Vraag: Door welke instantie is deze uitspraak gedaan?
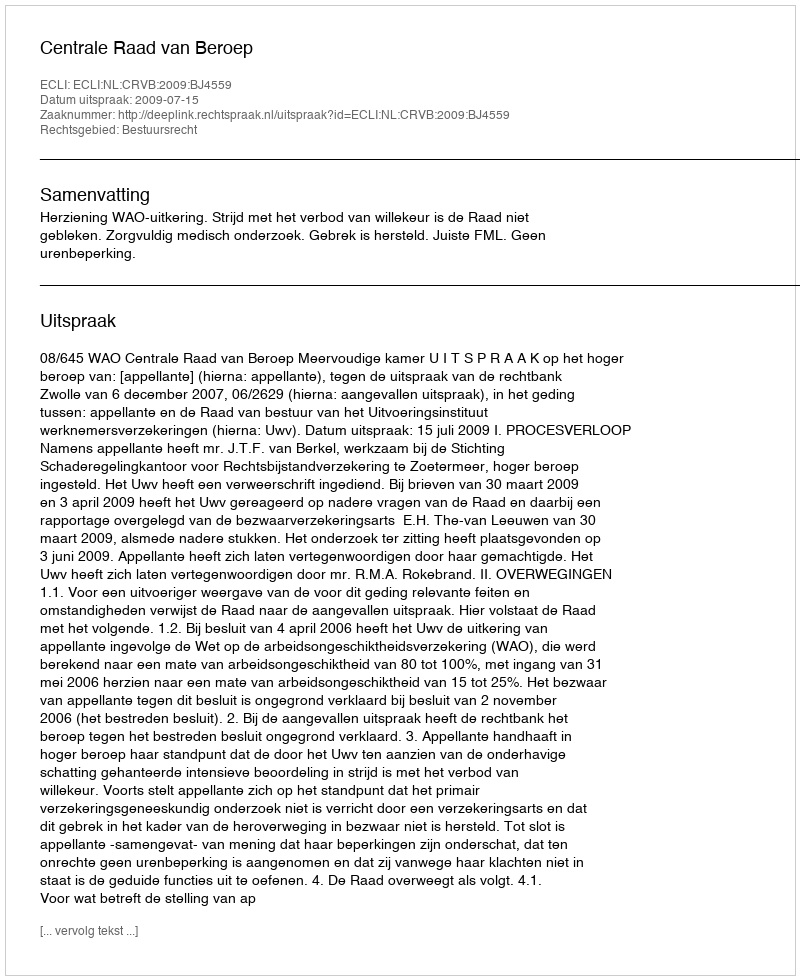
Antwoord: Centrale Raad van Beroep